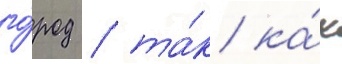
го́род / та́к ка́к